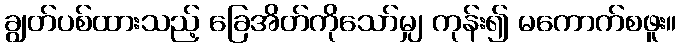
ချွတ်ပစ်ထားသည့် ခြေအိတ်ကိုသော်မျှ ကုန်း၍ မကောက်စဖူး။